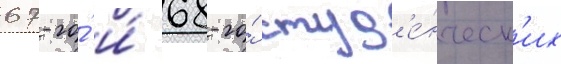
67-го́ и́ 68-го́ студ'е́нческ'их